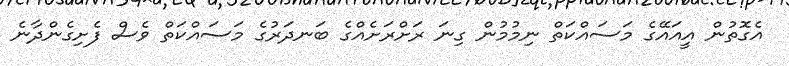
އެގޮތުން އީއައޭގެ މަސައްކަތް ނިމުމުން ގިނަ ރަށްރަށެއްގެ ބަނދަރުގެ މަސައްކަތް ވެސް ފެށިގެންދާނެ